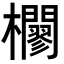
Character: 𣠼